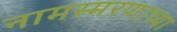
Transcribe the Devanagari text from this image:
नामस्मरणाच्या